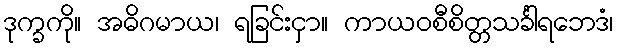
ဒုက္ခကို။ အဓိဂမာယ၊ ရခြင်းငှာ။ ကာယဝစီစိတ္တသင်္ခါရဘေဒံ၊